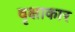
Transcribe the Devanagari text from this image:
वृक्षाकार